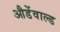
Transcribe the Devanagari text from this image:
औडेंवाल्ड